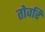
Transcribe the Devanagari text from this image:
तोवरि